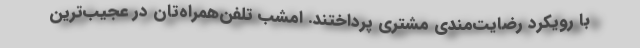
با رویکرد رضایت‌مندی مشتری پرداختند. امشب تلفن‌همراه‌تان در عجیب‌ترین